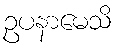
ဥပနာမေသိ